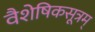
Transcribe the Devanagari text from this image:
वैशेषिकसूत्रम्